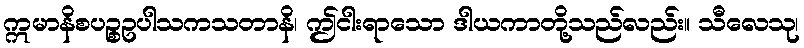
ဣမာနိစပဉ္စဥပါသကသတာနိ၊ ဤငါးရာသော ဒါယကာတို့သည်လည်း။ သီလေသု၊